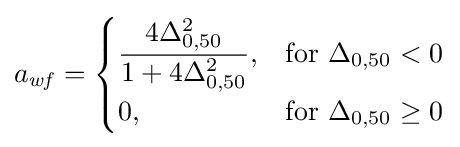
a_{\mathit {wf}}={\begin{cases}{\dfrac {4\Delta _{0,50}^{2}}{1+4\Delta _{0,50}^{2}}},&\mathrm {for} \ \Delta _{0,50}<0\\[6pt]0,&\mathrm {for} \ \Delta _{0,50}\geq 0\end{cases}}